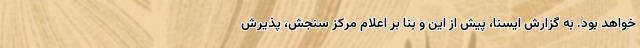
خواهد بود. به گزارش ایسنا، پیش از این و بنا بر اعلام مرکز سنجش، پذیرش